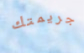
جريمتك